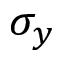
\sigma _ { y }